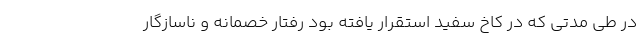
در طی مدتی که در کاخ سفید استقرار یافته بود رفتار خصمانه و ناسازگار